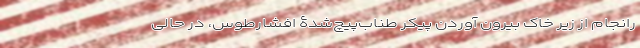
رانجام از زیر خاک بیرون آوردنِ پیکرِ طناب‌پیچ‌شدۀ افشارطوس، در حالی